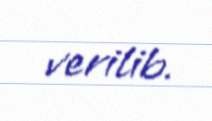
verilib.